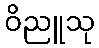
ဝိညူသု